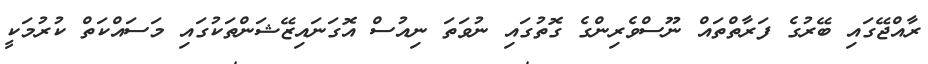
ރާއްޖޭގައި ބޭރުގެ ފަރާތްތައް ނޫސްވެރިންގެ ގޮތުގައި ނުވަތަ ނިއުސް އޮގަނައިޒޭޝަންތަކުގައި މަސައްކަތް ކުރުމަކީ